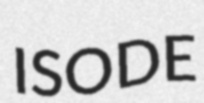
ISODE